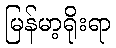
မြန်မာ့ရိုးရာ